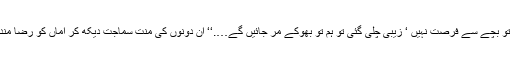
مہرو کو تو بچے سے فرصت نہیں ‘ زیبی چلی گئی تو ہم تو بھوکے مر جائیں گے….‘‘ ان دونوں کی منت سماجت دیکھ کر اماں کو رضا مند ہونا پڑا۔